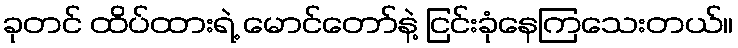
ခုတင် ထိပ်ထားရဲ့ မောင်တော်နဲ့ ငြင်းခုံနေကြသေးတယ်။